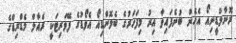
ރޮނާލްޑީނިއޯ އެހެން ބުނެފައިވާ އިރު މިފަހަރުގެ ބެލޮންޑިއޯ އެވޯޑުގެ ފޭވަރިޓަކީ ރެއާލް މެޑްރިޑްގެ